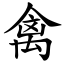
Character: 禽